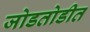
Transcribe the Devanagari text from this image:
जोडतोडीत